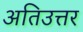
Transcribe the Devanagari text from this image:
अतिउत्तर